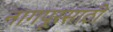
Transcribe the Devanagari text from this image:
नागपूरसाठी